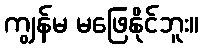
ကျွန်မ မဖြေနိုင်ဘူး။